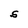
Character: S